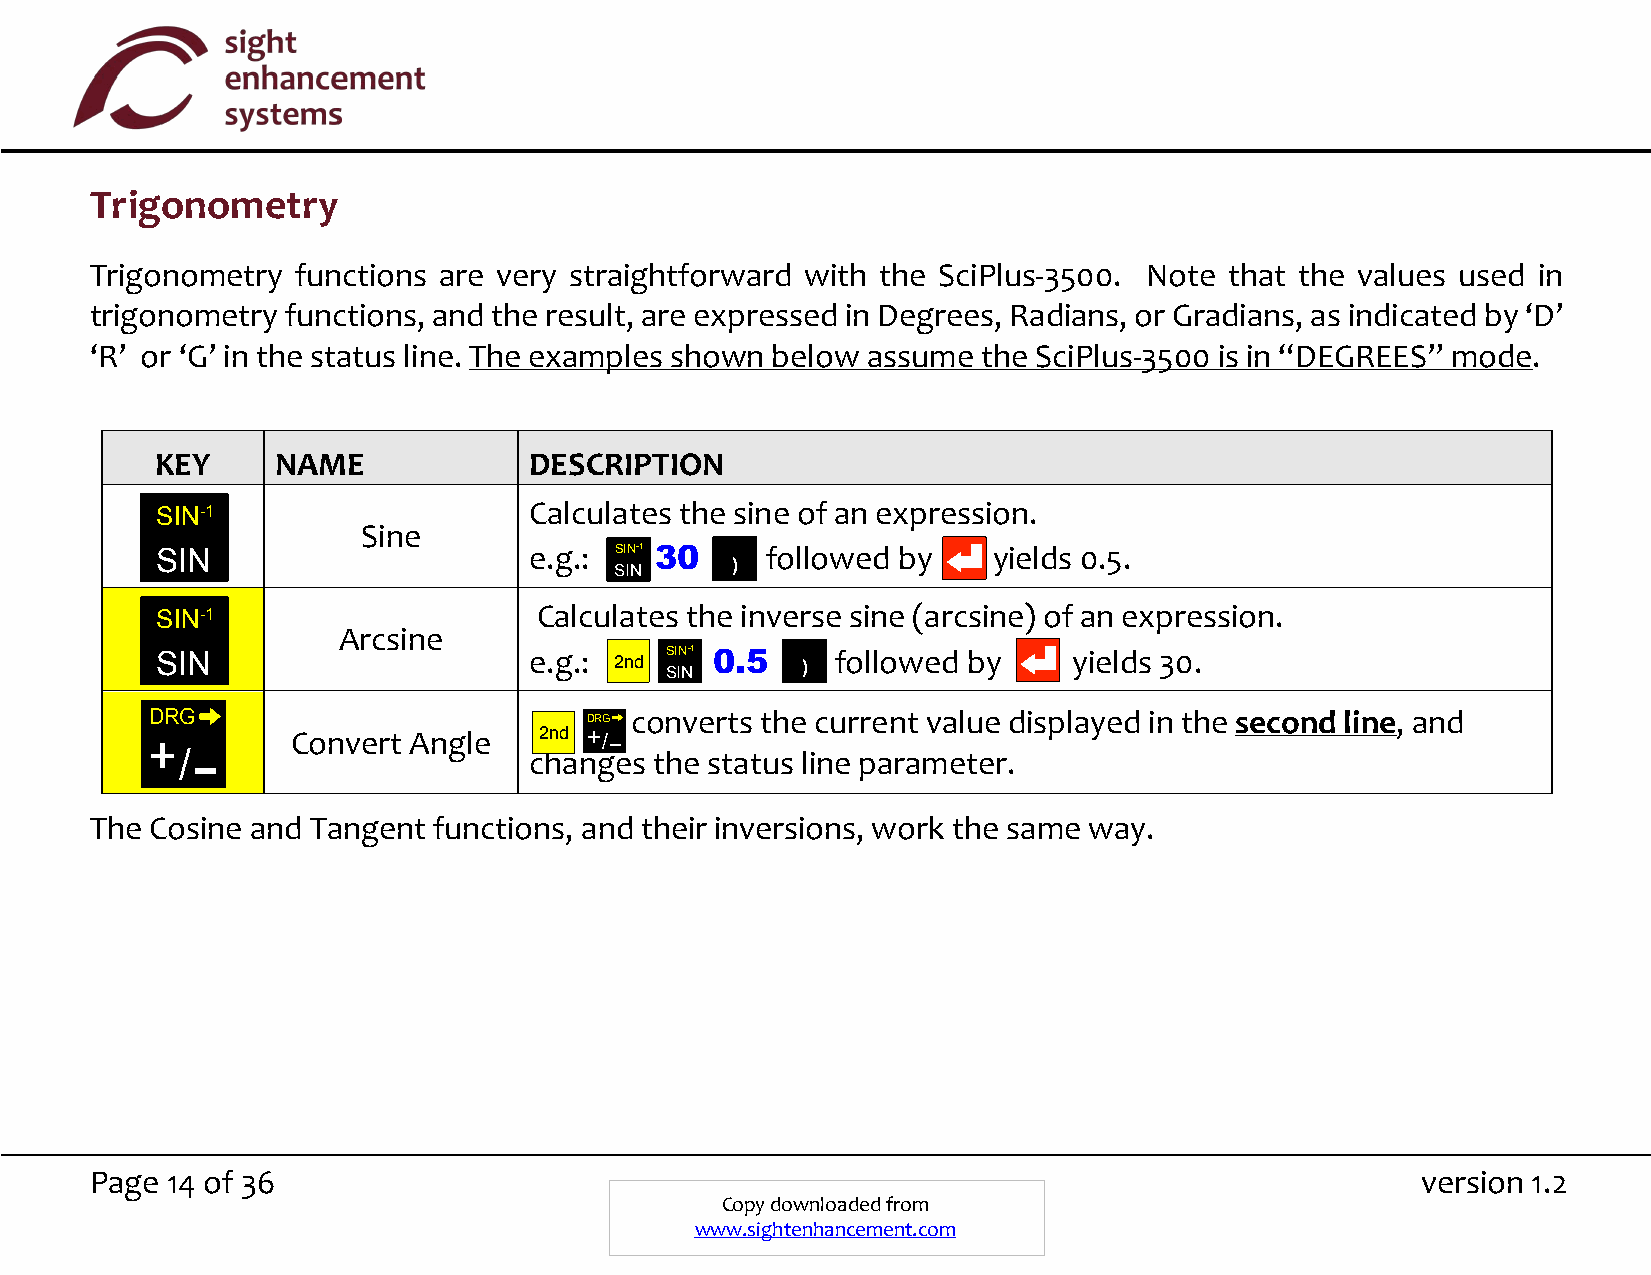
Trigonometry
 Trigonometry functions are very straightforward with the SciPlus-3500. Note that the values used in
 trigonometry functions, and the result, are expressed in Degrees, Radians, or Gradians, as indicated by ‘D’
 ‘R’ or ‘G’ in the status line. The examples shown below assume the SciPlus-3500 is in “DEGREES” mode.
 KEY     NAME             DESCRIPTION
 SIN-1                    Calculates the sine of an expression.
 Sine
 SIN                      e.g.: S I N -1 30 followed by  yields 0.5.
 )
 SIN
 SIN-1                     Calculates the inverse sine (arcsine) of an expression.
 Arcsine
 SIN                      e.g.: 2 n d SS I IN
 N
 -1 0.5  ) followed by     yields 30.
 DRG                          D R G converts the current value displayed in the second line, and
 +        Convert Angle    2nd + / −
 / −                    changes the status line parameter.
 The Cosine and Tangent functions, and their inversions, work the same way.
 Page 14 of 36                                                                           version 1.2
 Copy downloaded from
 www.sightenhancement.com